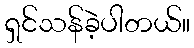
ရှင်သန်ခဲ့ပါတယ်။